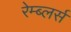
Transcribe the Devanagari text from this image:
रेम्ब्लर्स